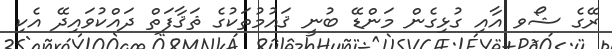
ރޭގެ ޝޯވ އާއި ގުޅިގެން މަންޑޭ ބުނީ ޤައުމުތަކުގެ ޘަޤާފަތް ދައްކުވައިދޭ އެކި